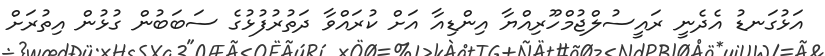
އަޅުގަނޑު އެދެނީ ރައީސުލްޖުމްހޫރިއްޔާ އިންޑިއާ އަށް ކުރައްވާ ދަތުރުފުޅުގެ ސަބަބުން ގުޅުން އިތުރަށް